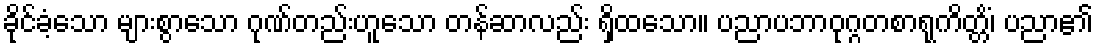
ခိုင်ခံ့သော များစွာသော ဂုဏ်တည်းဟူသော တန်ဆာလည်း ရှိထသော။ ပညာပဘာဝုဂ္ဂတစာရုကိတ္တိံ၊ ပညာ၏